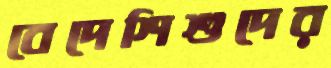
বেদেশিশুদের